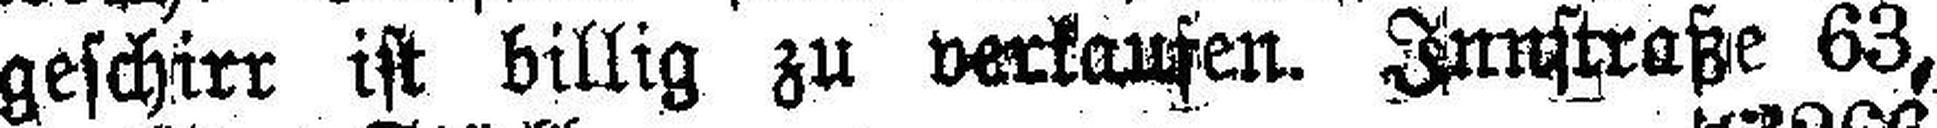
geschirr ist billig zu verkaufen. Innstraße 63,